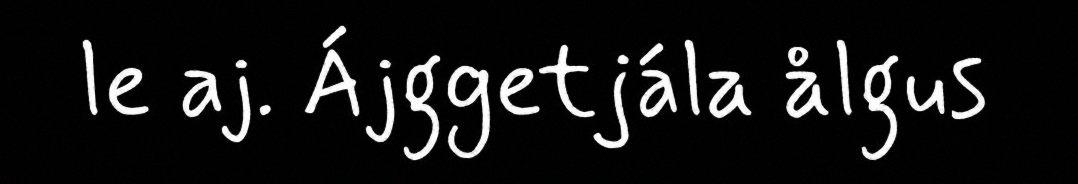
le aj. Ájggetjála ålgus